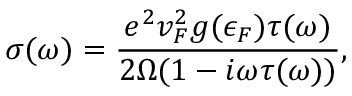
\sigma ( \omega ) = \frac { e ^ { 2 } v _ { F } ^ { 2 } g ( \epsilon _ { F } ) \tau ( \omega ) } { 2 \Omega ( 1 - i \omega \tau ( \omega ) ) } ,